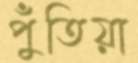
পুঁতিয়া